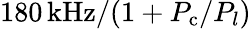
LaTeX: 180\, \mathrm{kHz}/(1+P_{\textrm{c}}/P_{l})